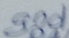
Text: gnd